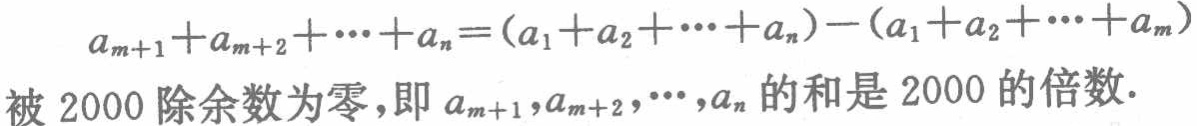
\[

a_{m + 1} + a_{m + 2} + \cdots + a_{n} = (a_{1} + a_{2} + \cdots + a_{n}) - (a_{1} + a_{2} + \cdots + a_{m})

\]

被 \(2000\) 除余数为零，即 \(a_{m + 1},a_{m + 2},\cdots,a_{n}\) 的和是 \(2000\) 的倍数.